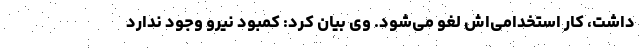
داشت، کار استخدامی‌اش لغو می‌شود. وی بیان کرد: کمبود نیرو وجود ندارد